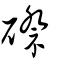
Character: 磜